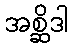
အစ္ဆိဒါ